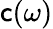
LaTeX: \mathsf{c}(\omega)